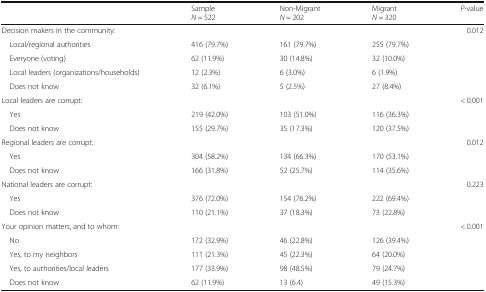
<table><thead><tr><td></td><td><b>Sample<i>N</i> = 522</b></td><td><b>Non-Migrant<i>N</i> = 202</b></td><td><b>Migrant<i>N</i> = 320</b></td><td><b><i>P</i>-value</b></td></tr></thead><tbody><tr><td colspan="4">Decision makers in the community:</td><td>0.012</td></tr><tr><td> Local/regional authorities</td><td>416 (79.7%)</td><td>161 (79.7%)</td><td>255 (79.7%)</td><td></td></tr><tr><td> Everyone (voting)</td><td>62 (11.9%)</td><td>30 (14.8%)</td><td>32 (10.0%)</td><td></td></tr><tr><td> Local leaders (organizations/households)</td><td>12 (2.3%)</td><td>6 (3.0%)</td><td>6 (1.9%)</td><td></td></tr><tr><td> Does not know</td><td>32 (6.1%)</td><td>5 (2.5%)</td><td>27 (8.4%)</td><td></td></tr><tr><td colspan="4">Local leaders are corrupt:</td><td>&lt; 0.001</td></tr><tr><td> Yes</td><td>219 (42.0%)</td><td>103 (51.0%)</td><td>116 (36.3%)</td><td></td></tr><tr><td> Does not know</td><td>155 (29.7%)</td><td>35 (17.3%)</td><td>120 (37.5%)</td><td></td></tr><tr><td colspan="4">Regional leaders are corrupt:</td><td>0.012</td></tr><tr><td> Yes</td><td>304 (58.2%)</td><td>134 (66.3%)</td><td>170 (53.1%)</td><td></td></tr><tr><td> Does not know</td><td>166 (31.8%)</td><td>52 (25.7%)</td><td>114 (35.6%)</td><td></td></tr><tr><td colspan="4">National leaders are corrupt:</td><td>0.223</td></tr><tr><td> Yes</td><td>376 (72.0%)</td><td>154 (76.2%)</td><td>222 (69.4%)</td><td></td></tr><tr><td> Does not know</td><td>110 (21.1%)</td><td>37 (18.3%)</td><td>73 (22.8%)</td><td></td></tr><tr><td colspan="4">Your opinion matters, and to whom:</td><td>&lt; 0.001</td></tr><tr><td> No</td><td>172 (32.9%)</td><td>46 (22.8%)</td><td>126 (39.4%)</td><td></td></tr><tr><td> Yes, to my neighbors</td><td>111 (21.3%)</td><td>45 (22.3%)</td><td>64 (20.0%)</td><td></td></tr><tr><td> Yes, to authorities/local leaders</td><td>177 (33.9%)</td><td>98 (48.5%)</td><td>79 (24.7%)</td><td></td></tr><tr><td> Does not know</td><td>62 (11.9%)</td><td>13 (6.4)</td><td>49 (15.3%)</td><td></td></tr></tbody></table>